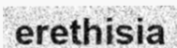
erethisia